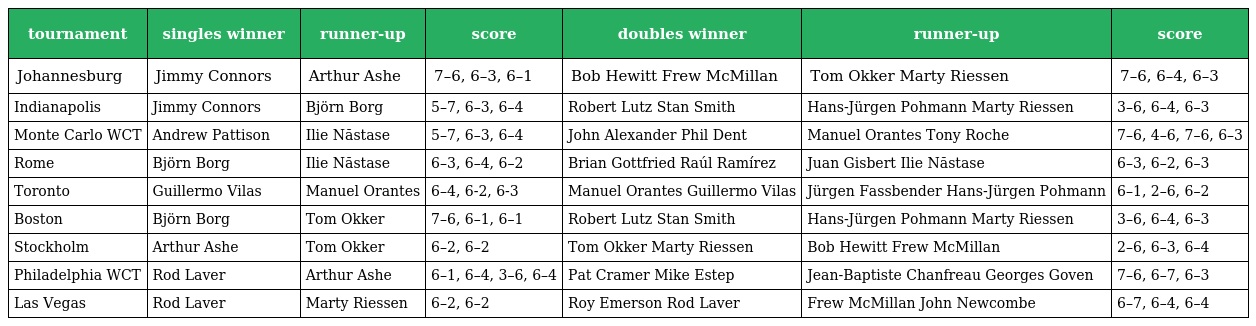
| tournament | singles winner | runner-up | score | doubles winner | runner-up | score |
 | --- | --- | --- | --- | --- | --- | --- |
 | Johannesburg | Jimmy Connors | Arthur Ashe | 7–6, 6–3, 6–1 | Bob Hewitt Frew McMillan | Tom Okker Marty Riessen | 7–6, 6–4, 6–3 |
 | Indianapolis | Jimmy Connors | Björn Borg | 5–7, 6–3, 6–4 | Robert Lutz Stan Smith | Hans-Jürgen Pohmann Marty Riessen | 3–6, 6–4, 6–3 |
 | Monte Carlo WCT | Andrew Pattison | Ilie Năstase | 5–7, 6–3, 6–4 | John Alexander Phil Dent | Manuel Orantes Tony Roche | 7–6, 4–6, 7–6, 6–3 |
 | Rome | Björn Borg | Ilie Năstase | 6–3, 6–4, 6–2 | Brian Gottfried Raúl Ramírez | Juan Gisbert Ilie Năstase | 6–3, 6–2, 6–3 |
 | Toronto | Guillermo Vilas | Manuel Orantes | 6–4, 6-2, 6-3 | Manuel Orantes Guillermo Vilas | Jürgen Fassbender Hans-Jürgen Pohmann | 6–1, 2–6, 6–2 |
 | Boston | Björn Borg | Tom Okker | 7–6, 6–1, 6–1 | Robert Lutz Stan Smith | Hans-Jürgen Pohmann Marty Riessen | 3–6, 6–4, 6–3 |
 | Stockholm | Arthur Ashe | Tom Okker | 6–2, 6–2 | Tom Okker Marty Riessen | Bob Hewitt Frew McMillan | 2–6, 6–3, 6–4 |
 | Philadelphia WCT | Rod Laver | Arthur Ashe | 6–1, 6–4, 3–6, 6–4 | Pat Cramer Mike Estep | Jean-Baptiste Chanfreau Georges Goven | 7–6, 6–7, 6–3 |
 | Las Vegas | Rod Laver | Marty Riessen | 6–2, 6–2 | Roy Emerson Rod Laver | Frew McMillan John Newcombe | 6–7, 6–4, 6–4 |